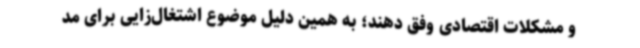
و مشکلات اقتصادی وفق دهند؛ به همین دلیل موضوع اشتغال‌زایی برای مد